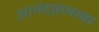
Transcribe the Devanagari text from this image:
आनंदग्रामच्या